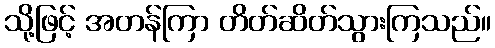
သို့ဖြင့် အတန်ကြာ တိတ်ဆိတ်သွားကြသည်။